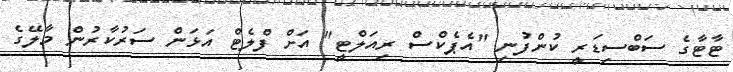
ޓާޓާގެ ސަބްސިޑަރީ ކުންފުނި "އެޕެކްސް ރިއަލްޓީ" އަށް ފްލެޓް އަޅަން ސަރުކާރުން މާލޭގެ